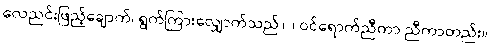
လေညင်းဖြည့်ချောက်၊ ရွက်ကြားလျှောက်သည်။ ။ ဝင်ရောက်ညီကာ ညီကာတည်း။